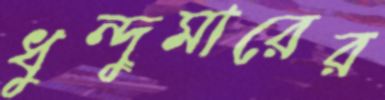
ধুন্দুমারের